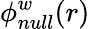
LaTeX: \phi_{null}^{w}(r)